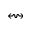
\leftrightsquigarrow